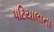
પટિયાલાના